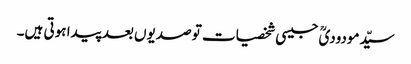
سیّدمودودیؒ جیسی شخصیات تو صدیوں بعد پیدا ہوتی ہیں۔